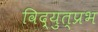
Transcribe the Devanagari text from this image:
विद्युत्प्रभ